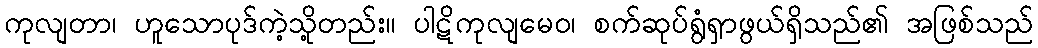
ကုလျတာ၊ ဟူသောပုဒ်ကဲ့သို့တည်း။ ပါဋိကုလျမေဝ၊ စက်ဆုပ်ရွံရှာဖွယ်ရှိသည်၏ အဖြစ်သည်